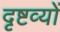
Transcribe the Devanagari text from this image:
दृष्टव्यों